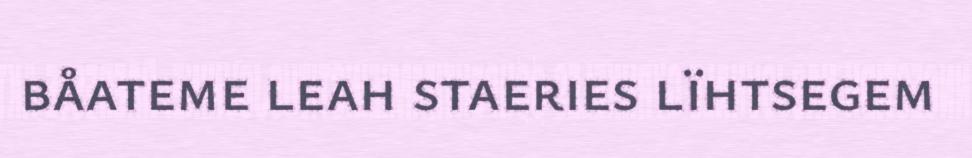
båateme leah staeries lïhtsegem